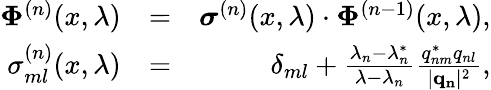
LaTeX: \begin{array}{rlr}{\mathbf{\Phi}^{(n)}(x,\lambda)}&{=}&{\boldsymbol{\sigma}^{(n)}(x,\lambda)\cdot\mathbf{\Phi}^{(n-1)}(x,\lambda),}\\ {\sigma_{ml}^{(n)}(x,\lambda)}&{=}&{\delta_{ml}+\frac{\lambda_{n}-\lambda_{n}^{*}}{\lambda-\lambda_{n}}\frac{q_{nm}^{*}q_{nl}}{|\mathbf{q_{n}}|^{2}},}\end{array}